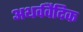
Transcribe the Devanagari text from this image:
अथर्ववैदिक